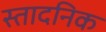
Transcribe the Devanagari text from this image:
स्तादनिक